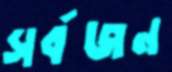
সর্বজন